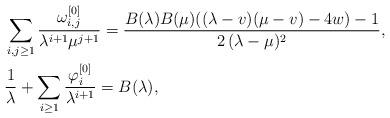
LaTeX: \begin{align*}& \sum_{i,j\geq 1} \frac{\omega_{i,j}^{[0]}}{\lambda^{i+1} \mu^{j+1}}=\frac{B(\lambda) B(\mu)((\lambda-v)(\mu-v)-4w)-1}{2 \, (\lambda-\mu)^2},\\&\frac1\lambda + \sum\limits_{i\geq 1} \frac{\varphi_i^{[0]}}{\lambda^{i+1}} = B(\lambda), \end{align*}